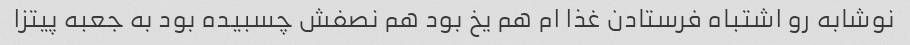
نوشابه رو اشتباه فرستادن غذا ام هم یخ بود هم نصفش چسبیده بود به جعبه پیتزا